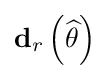
\mathbf {d} _{r}\left({\widehat {\theta }}\right)